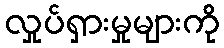
လှုပ်ရှားမှုများကို